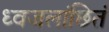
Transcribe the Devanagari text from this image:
ध्वजलांछितं